Studies on the mouth parts a Comparative anatomy of the proboscis in the blood-sucking muscidae - Number 60
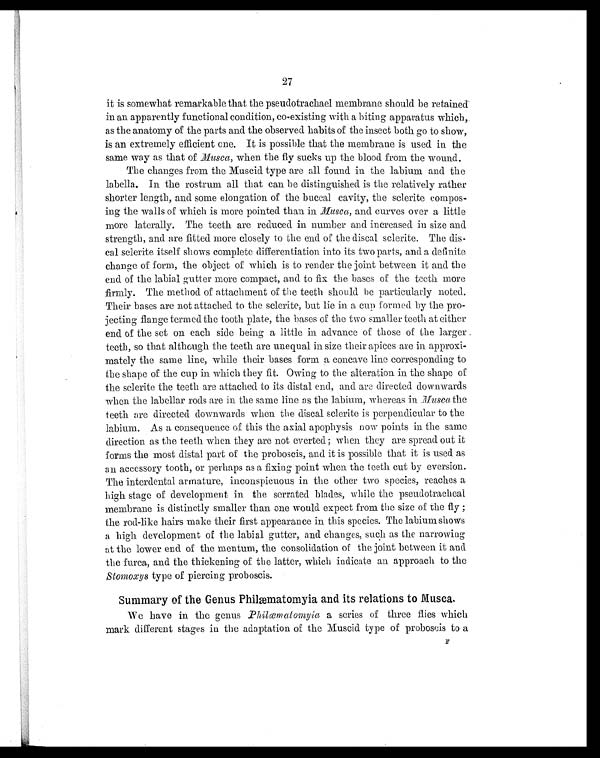
27
it is somewhat remarkable that the pseudotrachael membrane should be retained
in an apparently functional condition, c
o-existing with a biting apparatus which,
as the anatomy of the parts and the observed habits of the insect both go to show,
is an extremely efficient one. It is possible that the membrane is used in the
same way as that of Musca, when the fly sucks up the blood from the wound.
The changes from the Muscid type are all found in the labium and the
labella. In the rostrum all that can be distinguished is the relatively rather
shorter length, and some elongation of the buccal cavity, the sclerite compos
-iug the walls of which is more pointed than in Musca, and curves over a little
more laterally. The teeth are reduced in number and increased in size and
strength, and are fitted more closely to the end of the discal sclerite. The dis-
cal sclerite itself shows complete differentiation into its two parts, and a definite
change of form, the object of which is to render the joint between it and the
end of the labial gutter more compact, and to fix the bases of the teeth more
firmly. The method of attachment of the teeth should be particularly noted.
Their bases are not attached to the sclerite, but lie in a cup formed by the pro-
jecting flange termed the tooth plate, the bases of the two smaller teeth at either
end of the set on each side being a little in advance of those of the larger
teeth, so that although the teeth are unequal in size their apices are in approxi-
mately the same line, while their bases form a concave line corresponding to
the shape of the cup in which they fit. Owing to the alteration in the shape of
the sclerite the teeth are attached to its distal end, and are directed downwards
when the labellar rods are in the same line as the labium, whereas in Musca the
teeth are directed downwards when the discal sclerite is perpendicular to the
labium. As a consequence of this the axial apophysis now points in the same
direction as the teeth when they are not everted; when they are spread out it
forms the most distal part of the proboscis, and it is possible that it is used as
an accessory tooth, or perhaps as a fixing point when the teeth cut by eversion.
The interdental armature, inconspicuous in the other two species, reaches a
high stage of development in the serrated blades, while the pseudotracheal
membrane is distinctly smaller than one would expect from the size of the fly ;
the rod-like hairs make their first appearance in this species. The labium shows
a high development of the labial gutter, and changes, such as the narrowing
at the lower end of the mentum, the consolidation of the joint between it and
the furca, and the thickening of the latter, which indicate an approach to the
Stomoxys type of piercing proboscis.
Summary of the Genus Philæmatomyia and its relations to Musca.
We have in the genus Philæmatomyia a series of three flies which
mark different stages in the adaptation of the Muscid type of proboscis to a F